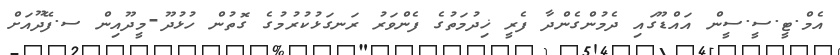
އެމް.ޓީ.ސީ.ސީން އައްޑޫގައި ދެމުންގެންދާ ފެރީ ޚިދުމަތުގެ ފެންވަރު ރަނގަޅުކުރުމުގެ ގޮތުން ހުޅުދޫ-މީދޫއިން ސ.ފޭދޫއަށް